Cholera in India, 1862 to 1881
Year: 1862
Disease focus: Cholera
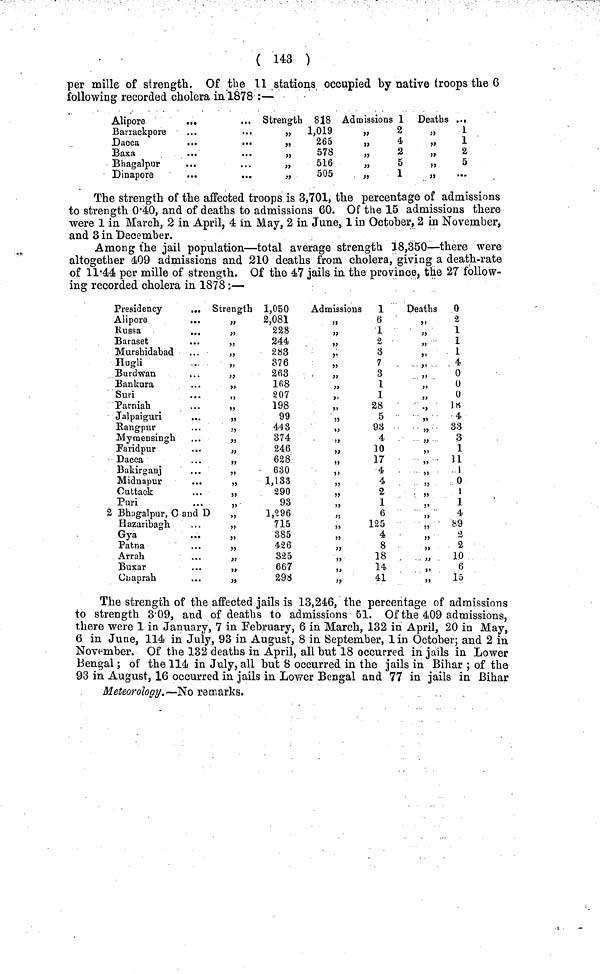
( 143 )
per mille of strength, Of the 11 stations occupied by native troops the 6
following recorded cholera in 1878 :—
Alipore
Barrackpore
Dacca
Baxa
Bhagalpur
Dinapore
Strength 818
„
1,019
,, 265
,, 578
,, 516
„
505
Admissions 1
,, 2
,, 4
,, 2
,, 5
,, 1
Deaths ...
,, 1
,,
1
,, 2
,,
5
,,
The strength of the affected troops is 3,701, the percentage of admissions
to strength 0·40, and of deaths to admissions 60. Of the 15 admissions there
were 1 in March, 2 in April, 4 in May, 2 in June, 1 in October, 2 in November,
and 3 in December.
Among the jail population—total average strength 18,350—there were
altogether 409 admissions and 210 deaths from cholera, giving a death-rate
of 11·44 per mille of strength. Of the 47 jails in the province, the 27 follow-
ing recorded cholera in 1878;—
Presidency
Alipore
Russa
Baraset
Murshidabad
Hugli
Burdwan
Bankura
Suri
Parniah
Jalpaiguri
Rangpur
Mymensingh
Faridpur
Dacca
Bakirganj
Midnapur
Cuttack
Puri
2 Bhagalpur, C and D
Hazaribagh
Gya
Patna
Arrah
Buxar
Cuaprah
Strength 1,050
„
2,081
,, 228
,, 244
,, 283
,, 376
,, 263
,, 168
,, 207
,, 198
,, 99
,, 443
,, 374
,, 246
,, 628
„
630
,, 1,133
,, 290
,, 93
,, 1,296
,, 715
„
385
,, 426
,, 325
,, 667
,, 298
Admissions 1
,, 6
,, 1
,, 2
,, 3
,, 7
,, 3
,, 1
,, 1
,, 28
,, 5
,, 93
,, 4
,, 10
,, 17
,, 4
,, 4
,, 2
,, 1
,, 6
,, 125
,, 4
,, 8
,, 18
,, 14
,, 41
Deaths 0
,, 2
,, 1
,, 1
,, 1
,, 4
,, 0
,, 0
,, 0
,, 18
,, 4
„
33
,, 3
,, 1
„
11
,, 1
,, 0
,, 1
,, 1
,, 4
,, 89
,, 2
,, 2
,, 10
,, 6
„
15
The strength of the affected jails is 13,246, the percentage of admissions
to strength 3·09, and of deaths to admissions 51. Of the 409 admissions,
there were 1 in January, 7 in February, 6 in March, 132 in April, 20 in May,
6 in June, 114 in July, 93 in August, 8 in September, 1 in October; and 2 in
November. Of the 132 deaths in April, all but 18 occurred in jails in Lower
Bengal; of the 114 in July, all but 8 occurred in the jails in Bihar ; of the
93 in August, 16 occurred in jails in Lower Bengal and 77 in jails in Bihar
Meteorology. —No remarks.